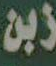
زبن